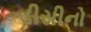
ડીસીનો